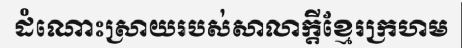
ដំណោះស្រាយរបស់សាលាក្តីខ្មែរក្រហម